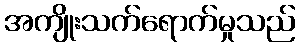
အကျိုးသက်ရောက်မှုသည်